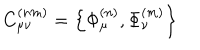
C _ { \mu \nu } ^ { ( n m ) } = \left\{ \Phi _ { \mu } ^ { ( n ) } , \Phi _ { \nu } ^ { ( m ) } \right\}